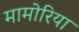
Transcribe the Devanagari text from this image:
मामोरिया